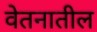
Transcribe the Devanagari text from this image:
वेतनातील